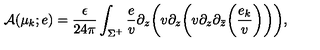
{ \cal A } ( \mu _ { k } ; e ) = { \frac { \epsilon } { 2 4 \pi } } \int _ { \Sigma ^ { + } } { \frac { e } { v } } \partial _ { z } \bigg ( v \partial _ { z } \bigg ( v \partial _ { z } \partial _ { \bar { z } } \bigg ( { \frac { e _ { k } } { v } } \bigg ) \bigg ) \bigg ) ,